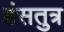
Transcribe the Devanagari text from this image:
हंसतुत्र